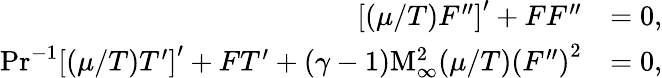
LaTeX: \begin{array}{rl}{\left[\left(\mu/T\right)F^{\prime\prime}\right]^{\prime}+FF^{\prime\prime}}&{=0,}\\ {\mathrm{Pr}^{-1}\left[(\mu/T)T^{\prime}\right]^{\prime}+FT^{\prime}+(\gamma-1)\mathrm{M}_{\infty}^{2}(\mu/T)\left(F^{\prime\prime}\right)^{2}}&{=0,}\end{array}